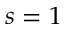
s = 1